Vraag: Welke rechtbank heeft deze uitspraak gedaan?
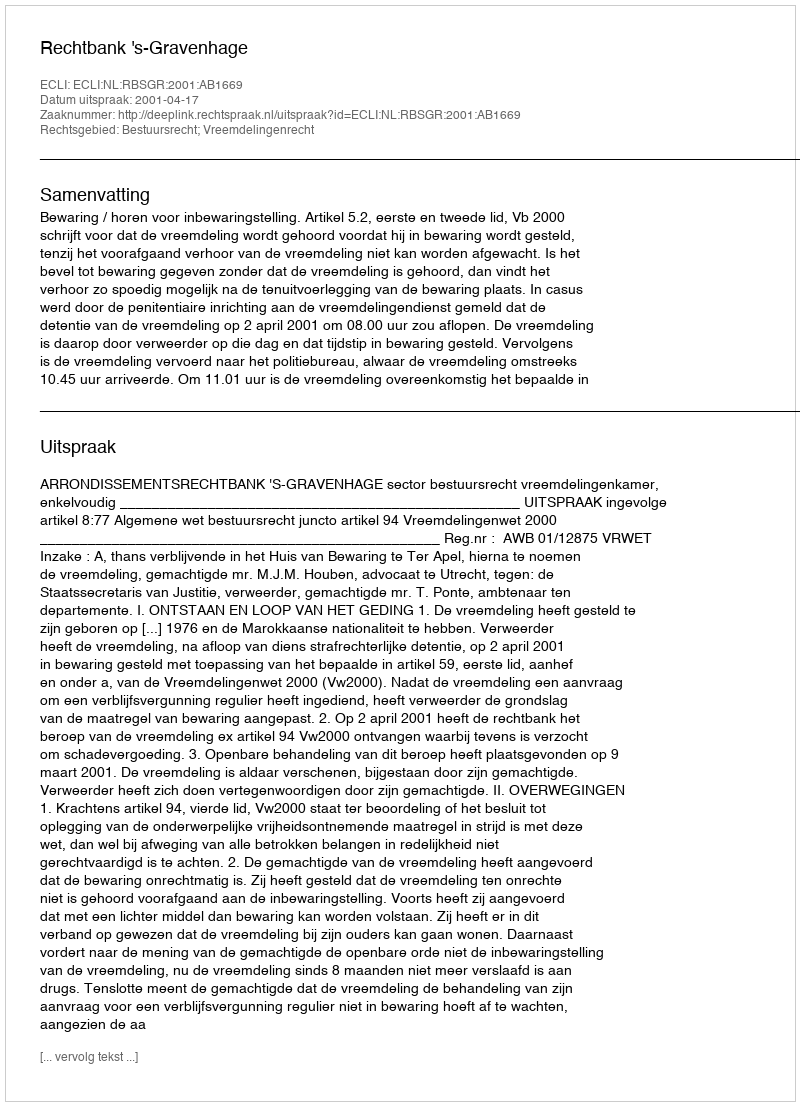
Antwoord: Rechtbank 's-Gravenhage